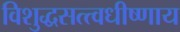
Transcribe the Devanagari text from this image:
विशुद्धसत्त्वधीष्णाय